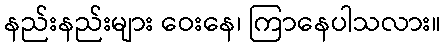
နည်းနည်းများ ဝေးနေ၊ ကြာနေပါသလား။